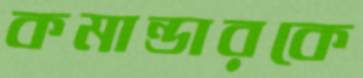
কমান্ডারকে